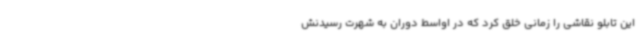
‌این تابلو نقاشی را زمانی خلق کرد که در اواسط دوران به شهرت رسیدنش